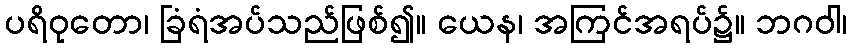
ပရိဝုတော၊ ခြံရံအပ်သည်ဖြစ်၍။ ယေန၊ အကြင်အရပ်၌။ ဘဂဝါ၊